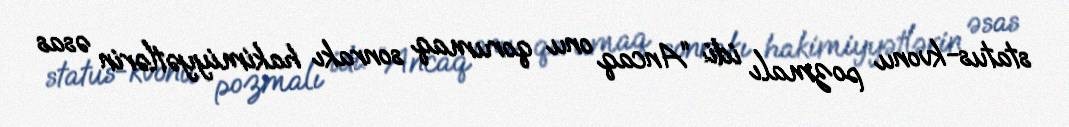
status-kvonu pozmalı idi: “Ancaq onu qorumaq sonrakı hakimiyyətlərin əsas